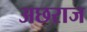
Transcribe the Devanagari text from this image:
अछराज